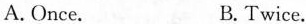
A. Once. B. Twice.